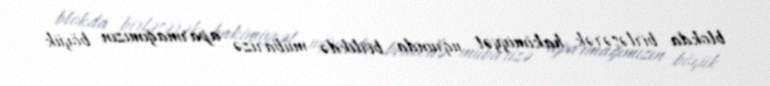
blokda birləşərək hakimiyyət uğrunda birlikdə mübarizə aparmağımızın böyük